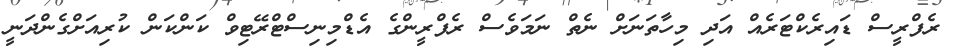
ރެފްރީސް ޑައިރެކްޓަރެއް އަދި މިހާތަނަށް ނެތް ނަމަވެސް ރެފްރީންގެ އެޑްމިނިސްޓްރޭޓިވް ކަންކަން ކުރިއަށްގެންދަނީ